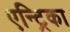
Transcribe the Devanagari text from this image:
एन्ट्रिका